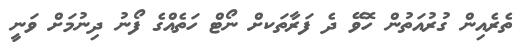
ތެރެއިން ގުރުއަތުން ހޮވޭ ދެ ފަރާތަަކށް ނޯޓް ހަތެއްގެ ފޯނު ދިނުމަށް ވަނީ